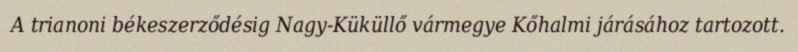
A trianoni békeszerződésig Nagy-Küküllő vármegye Kőhalmi járásához tartozott.